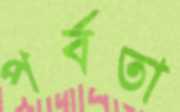
পর্বতা